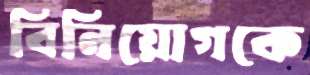
বিনিয়োগকে